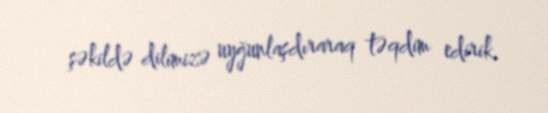
şəkildə dilimizə uyğunlaşdıraraq təqdim edirik.